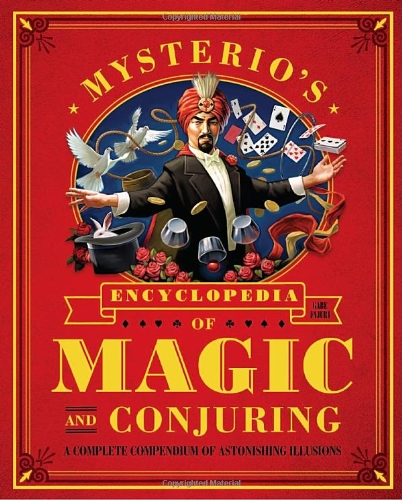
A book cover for Mysterio's Encyclopedia of Magic and Conjuring: A Complete Compendium of Astonishing Illusions; Gabe Fajuri; Humor & Entertainment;